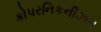
કોપરનિકનીઝમ